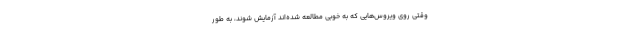
وقتی روی ویروس‌هایی که به خوبی مطالعه شده‌اند آزمایش شوند، به طور